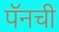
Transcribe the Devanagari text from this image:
पॅनची